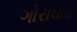
ગોરાઘાટ